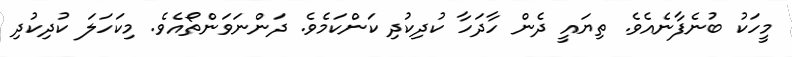
މީހަކު ބުނެފާނެއެވެ. ތިޔައީ ދެން ހާދަހާ ކުދިކުދި ކަންކަމެވެ. ދަންނަވަންތޯއެވެ. މިކަހަލަ ކުދިކުދި